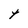
Character: t